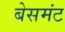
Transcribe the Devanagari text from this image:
बेसमंट